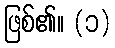
ဖြစ်၏။ (၁)